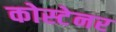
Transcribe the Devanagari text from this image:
कोस्टेनर